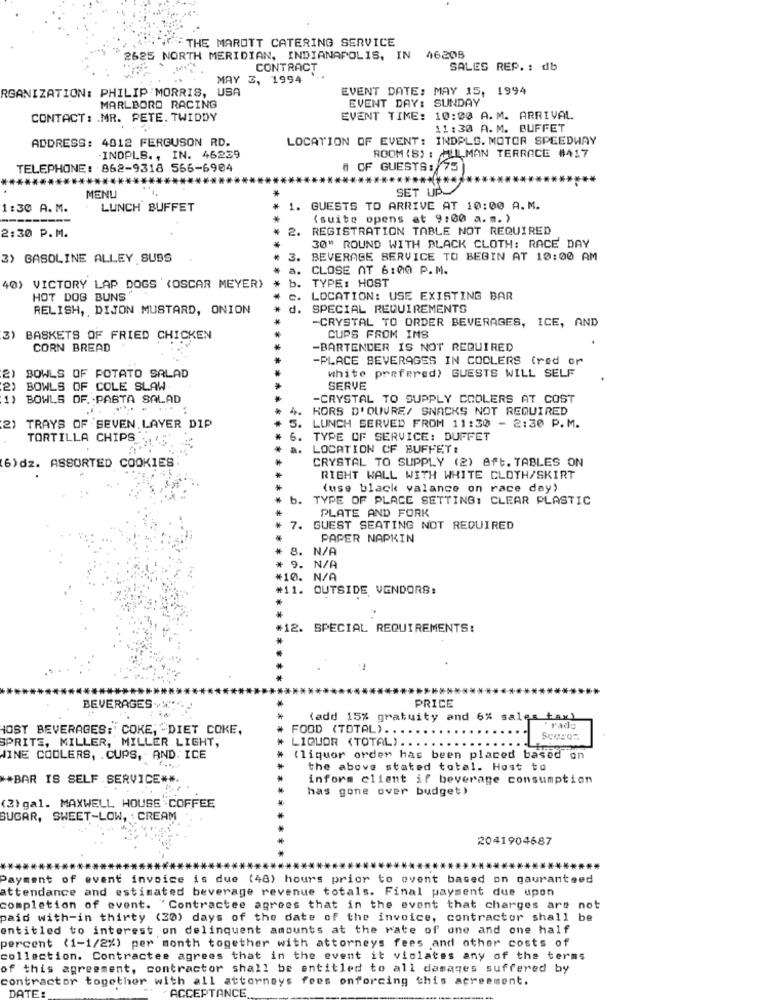
THE MAROTT CATERING SERVICE
2625 NORTH MERIDIAN, INDIANAPOLIS, IN 46208
CONTRACT
SALES REP. : db
MAY 3, 1994 '
RGANIZATION: PHILIP MORRIS, USA
EVENT DATE: MAY 15, 1994
EVENT DAY: SUNDAY
MARLBORO RACING
CONTACT: . MR. PETE. TWIDDY
EVENT TIME: 10:00 A.M. ARRIVAL
11:30 A. M. BUFFET
ADDRESS: 4012 FERGUSON RD.
LOCATION OF EVENT: INDPLG. MOTOR SPEEDWAY
ROOM (S) : MILLMAN TERRACE #417
.INDPLB ., IN. 46239
TELEPHONE: 862-9318 566-6904
# OF GUESTS :
SET UP
MENU
1:30 A. M.
LUNCH BUFFET
** *
1. GUESTS TO ARRIVE AT 10:00 A.M.
(suite opens at 9:00 a. m. )
2:30 P.M.
2.
REGISTRATION TABLE NOT REQUIRED
30" ROUND WITH BLACK CLOTH: RACE DAY
3) GASOLINE ALLEY SUBS
3.
BEVERAGE SERVICE TO BEGIN AT 10:00 AM
a. CLOSE AT 6:00 P.M.
b.
TYPE: HOST
40) VICTORY LAP DOGS '(OSCAR MEYER)
HOT DOG BUNS'
c. LOCATION: USE EXISTING BAR
RELISH, DIJON MUSTARD, ONION
d.
SPECIAL REQUIREMENTS
-CRYSTAL TO ORDER BEVERAGES, ICE, AND
3) BASKETS OF FRIED CHICKEN
CUPS FROM IMS
CORN BREAD
-BARTENDER IS NOT REQUIRED
-PLACE BEVERAGES IN COOLERS (red or
white prefered) GUESTS WILL SELF
BOWLS OF POTATO SALAD
BOWLS OF COLE SLAW
SERVE
1)
BOWLS OF. PASTA SALAD
-CRYSTAL TO SUPPLY COOLERS AT COST
4.
HORS D'OUVRE/ SNACKS NOT REQUIRED
21
TRAYS OF SEVEN LAYER DIP
S. LUNCH SERVED FROM 11:30 - 2:30 P.M.
TORTILLA CHIPS ..
TYPE OF SERVICE: DUFFET
LOCATION OF BUFFET :
6)dz. ASSORTED COOKIES
CRYSTAL TO SUPPLY (2) 8ft. TABLES ON
RIGHT WALL WITH WHITE CLOTH/SKIRT
(use black valance on race day)
b. TYPE OF PLACE SETTING: CLEAR PLASTIC
PLATE AND FORK
7. GUEST SEATING NOT REQUIRED
PAPER NAPKIN
8. N/A
9. N/A
*10. N/A
#11. OUTSIDE VENDORS:
*12. SPECIAL REQUIREMENTS:
PRICE
BEVERAGES.
(add 15% gratuity and 6% sales tax)
HOST BEVERAGES: COKE, "DIET COKE,
FOOD (TOTAL) ...
" rado
SPRITE, MILLER, MILLER LIGHT,
LIQUOR (TOTAL) ..
JINE COOLERS, . CUPS, AND. ICE
(liquor order has been placed based on
the above stated total. Host to
** BAR IS SELF SERVICE **.
inform client if beverage consumption
has gone over budget)
(2) gal. MAXWELL HOUSE COFFEE
SUGAR, SWEET-LOW, : CREAM
2041904687
Payment of event invoice is due (48) hours prior to event based on gauranteed
attendance and estimated beverage revenue totals. Final payment due upon
completion of event. "Contractee agrees that in the event that charges are not
paid with-in thirty (20) days of the date of the invoice, contractor shall be
entitled to interest on delinquent amounts at the rate of one and one half
percent (1-1/2%) per month together with attorneys fees and other costs of
collection. Contractee agrees that in the event it violates any of the terms
of this agreement, contractor shall be entitled to all damages suffered by
contractor together with all attorneys fees onforcing this agreement.
DATE:
ACCEPTANCE